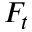
F _ { t }